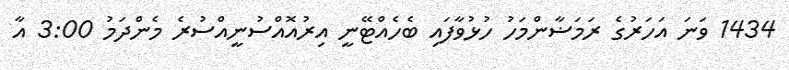
1434 ވަނަ އަހަރުގެ ރަމަޟާންމަހު ހުޅުވާފައި ބެހެއްޓޭނީ އިރުއޮއްސުނީއްސުރެ މެންދަމު 3:00 އާ